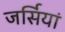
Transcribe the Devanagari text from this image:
जर्सियां